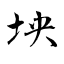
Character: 坱